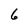
Character: 6